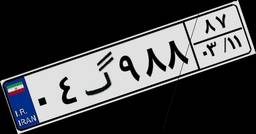
۰۴گ۹۸۸۸۷